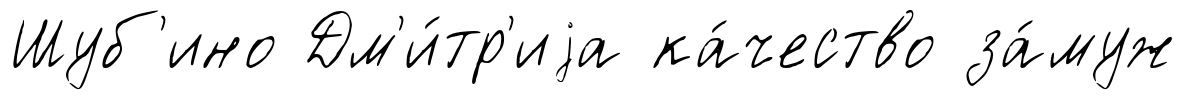
Шуб'ино Дм'и́тр'иjа ка́чество за́муж